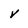
Character: v